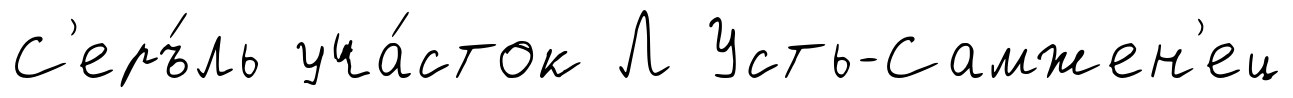
С'еръ́ль уча́сток Л Усть-Самжен'ец